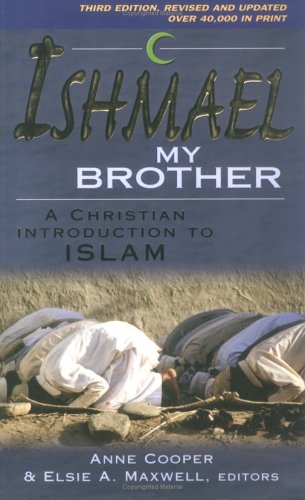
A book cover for Ishmael My Brother: A Christian Introduction to Islam; Religion & Spirituality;